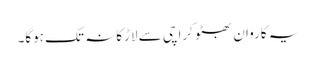
یہ کاروان بھٹو کراچی سے لاڑکانہ تک ہوگا۔